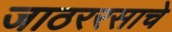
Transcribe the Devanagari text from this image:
जाठररसाचे